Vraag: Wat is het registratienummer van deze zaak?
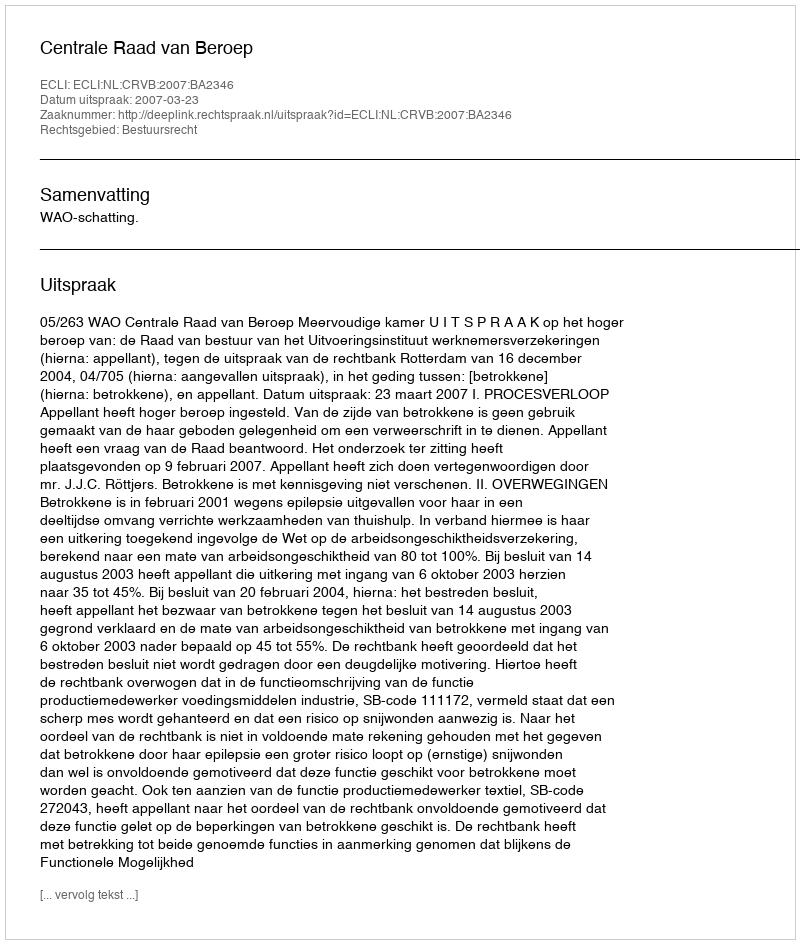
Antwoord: http://deeplink.rechtspraak.nl/uitspraak?id=ECLI:NL:CRVB:2007:BA2346